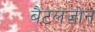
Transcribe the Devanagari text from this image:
बैटलज़ोन